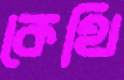
কেথি